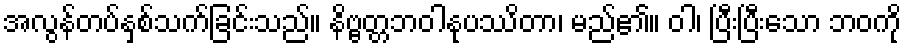
အလွန်တပ်နှစ်သက်ခြင်းသည်။ နိဗ္ဗတ္တဘဝါနုပဿိတာ၊ မည်၏။ ဝါ၊ ပြီးပြီးသော ဘဝကို